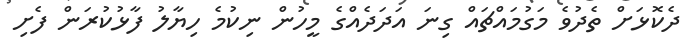
ދެކޮޅަށް ތެދުވެ މަގުމައްޗައް ގިނަ އަދަދެއްގެ މީހުން ނިކުމެ ހިޔާލު ފާޅުކުރަން ފެށި